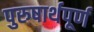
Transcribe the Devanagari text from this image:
पुरुषार्थपूर्ण